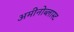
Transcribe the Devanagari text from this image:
अमीनोब्लास्ट